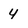
Character: 4